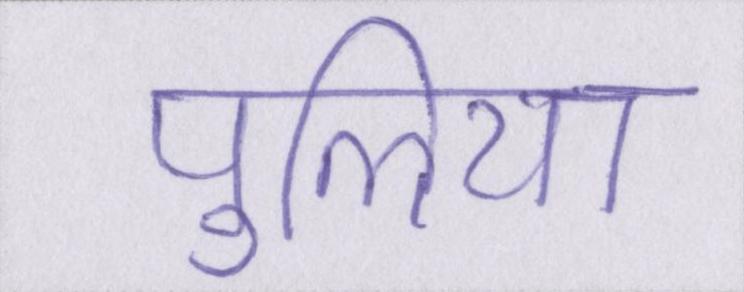
पुलिया